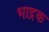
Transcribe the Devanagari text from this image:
भाद्रक